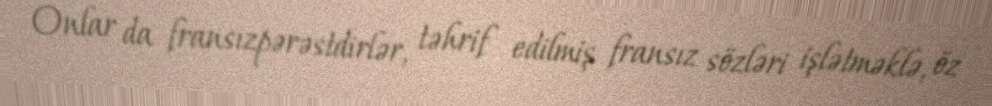
Onlar da fransızpərəstdirlər, təhrif edilmiş fransız sözləri işlətməklə, öz